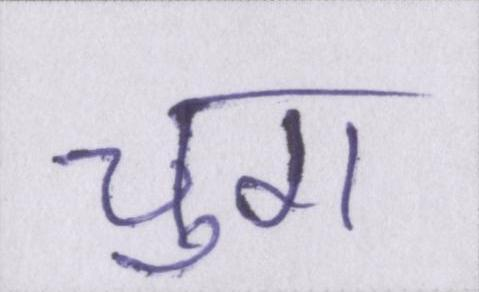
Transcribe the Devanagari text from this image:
चुग